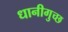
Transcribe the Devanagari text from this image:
धानीगुच्छ